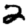
Digit: 2